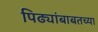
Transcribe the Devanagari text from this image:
पिढ्यांबाबतच्या